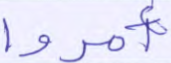
أمروا